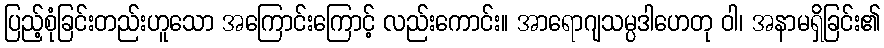
ပြည့်စုံခြင်းတည်းဟူသော အကြောင်းကြောင့် လည်းကောင်း။ အာရောဂျသမ္ပဒါဟေတု ဝါ၊ အနာမရှိခြင်း၏